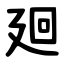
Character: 廻